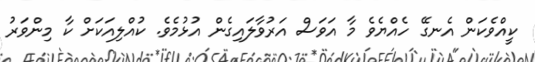
ކީއްވެކަން އެނގޭ ހެއްޔެވެ މާ އަވަސް އަރުވާލައިގެން އުޅުމެވެ. ކުއްލިއަކަށް ކާ މިންވަރު